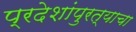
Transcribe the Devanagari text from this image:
प्रदेशांपुरत्याचा